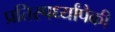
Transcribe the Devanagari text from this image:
प्रतिस्पर्ध्यांपैकी